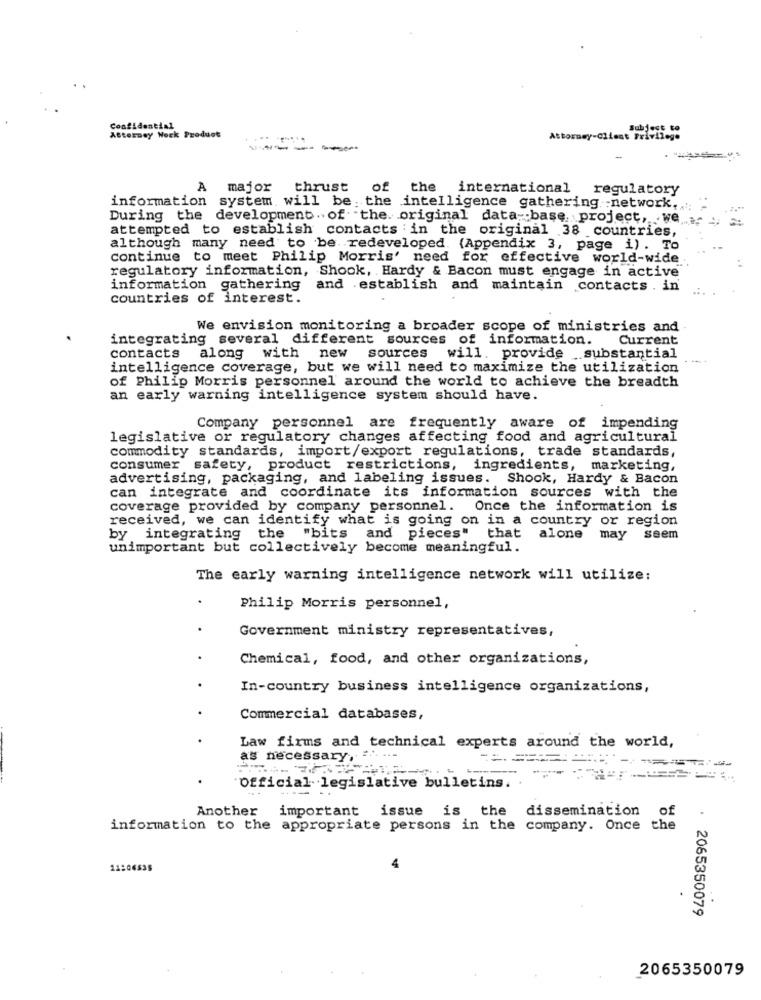
Subject to
Attorney Weck Produot
Attorney-Client Privilege
-----
A major
thrust
of the international
regulatory
information system will be the intelligence gathering network,
During the development. of the. original data- base. project, . we ....
attempted to establish contacts in the original 38 countries,
=
although many need to be. redeveloped. {Appendix 3, page i) . To
continue to meet Philip Morris' need for effective world-wide
regulatory information, Shook, Hardy & Bacon must engage in active
information gathering and establish and maintain contacts . in
countries of interest.
We envision monitoring a broader scope of ministries and
integrating several different sources of information.
Current
contacts
along with new sources will. provide _substantial
-- +
intelligence coverage, but we will need to maximize the utilization
of Philip Morris personnel around the world to achieve the breadth
an early warning intelligence system should have.
Company personnel are frequently aware of impending
legislative or regulatory changes affecting food and agricultural
commodity standards, import/export regulations, trade standards,
consumer safety, product restrictions, ingredients, marketing
advertising, packaging, and labeling issues. Shook, Hardy & Bacon
can integrate and coordinate its information sources with the
coverage provided by company personnel. Once the information is
received, we can identify what is going on in a country or region
by integrating the
"bits and pieces" that alone may seem
unimportant but collectively become meaningful.
The early warning intelligence network will utilize:
Philip Morris personnel,
Government ministry representatives,
Chemical, food, and other organizations,
In-country business intelligence organizations,
Commercial databases,
Law firms and technical experts around the world,
as necessary, = " ---
=========
'Official. legislative bulletins.
Another
important issue is the
dissemination
of
information to the appropriate persons in the company. Once the
.
· 2065350079
2065350079